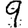
Digit: 9